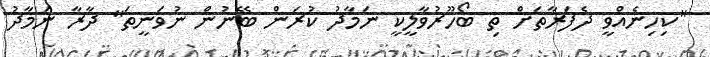
"ކިހިނެއްވީ ދެފަރާތަށް ތި ބޯހޫރުވާލީކީ ނަމާދު ކުރަން ބޭނުން ނުވަނީތަ" ދާރާ ނަމާދު